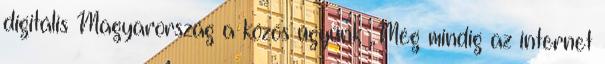
digitális Magyarország a közös ügyünk „Még mindig az internet